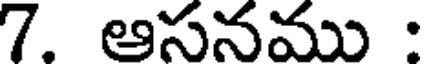
7. ఆసనము :